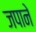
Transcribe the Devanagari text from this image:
जपाने